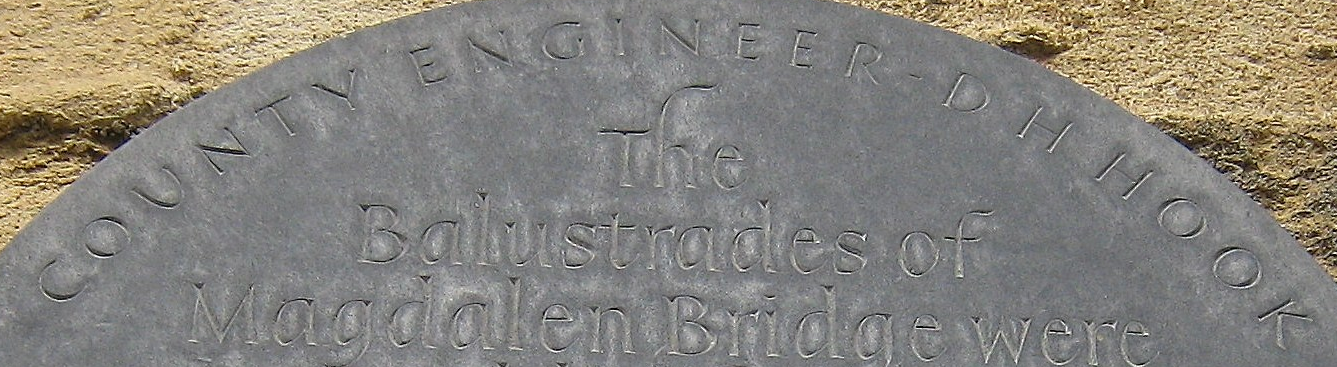
COUNTY ENGINEER DHHOOK